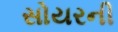
સોયરની